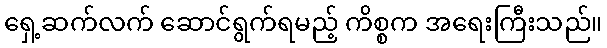
ရှေ့ဆက်လက် ဆောင်ရွက်ရမည့် ကိစ္စက အရေးကြီးသည်။